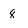
Character: 8